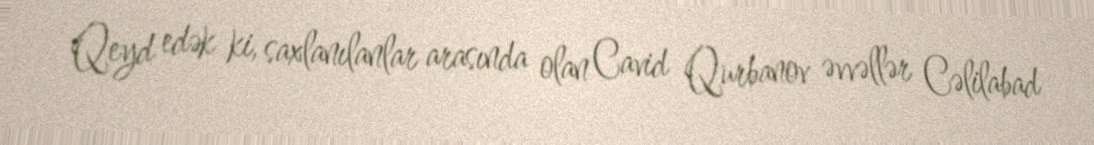
Qeyd edək ki, saxlanılanlar arasında olan Cavid Qurbanov əvvəllər Cəlilabad